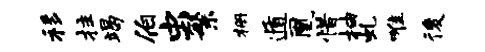
移拄竭伯虫繁栅遁凰惜抽虬唯後